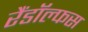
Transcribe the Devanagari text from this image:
रैंडॉल्फस